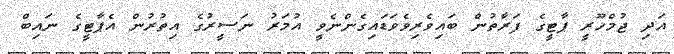
އަދި ޖުމްހޫރީ ޕާޓީގެ ފަރާތުން ބައިވެރިވެވަޑައިގެންނެވީ އުމަރު ނަސީރުގެ އިތުރުން އެޕާޓީގެ ނައިބް